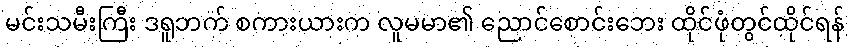
မင်းသမီးကြီး ဒရူဘက် စကားယားက လူမမာ၏ ညောင်စောင်းဘေး ထိုင်ဖုံတွင်ထိုင်ရန်